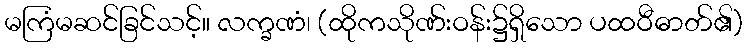
မကြံမဆင်ခြင်သင့်။ လက္ခဏံ၊ (ထိုကသိုဏ်းဝန်း၌ရှိသော ပထဝီဓာတ်၏)